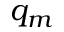
q _ { m }